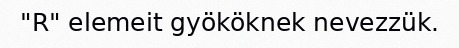
"R" elemeit gyököknek nevezzük.